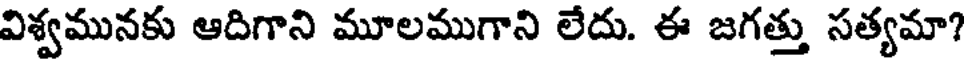
విశ్వమునకు ఆదిగాని మూలముగాని లేదు. ఈ జగత్తు సత్యమా?